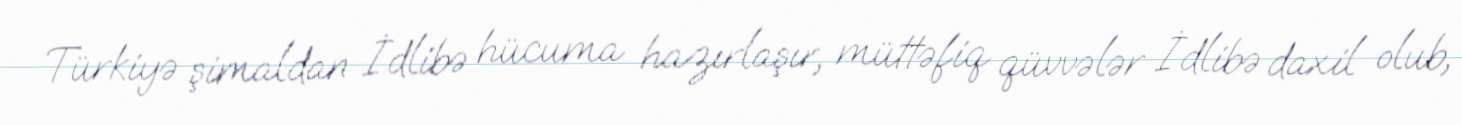
Türkiyə şimaldan İdlibə hücuma hazırlaşır, müttəfiq qüvvələr İdlibə daxil olub,